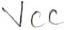
Text: VCC